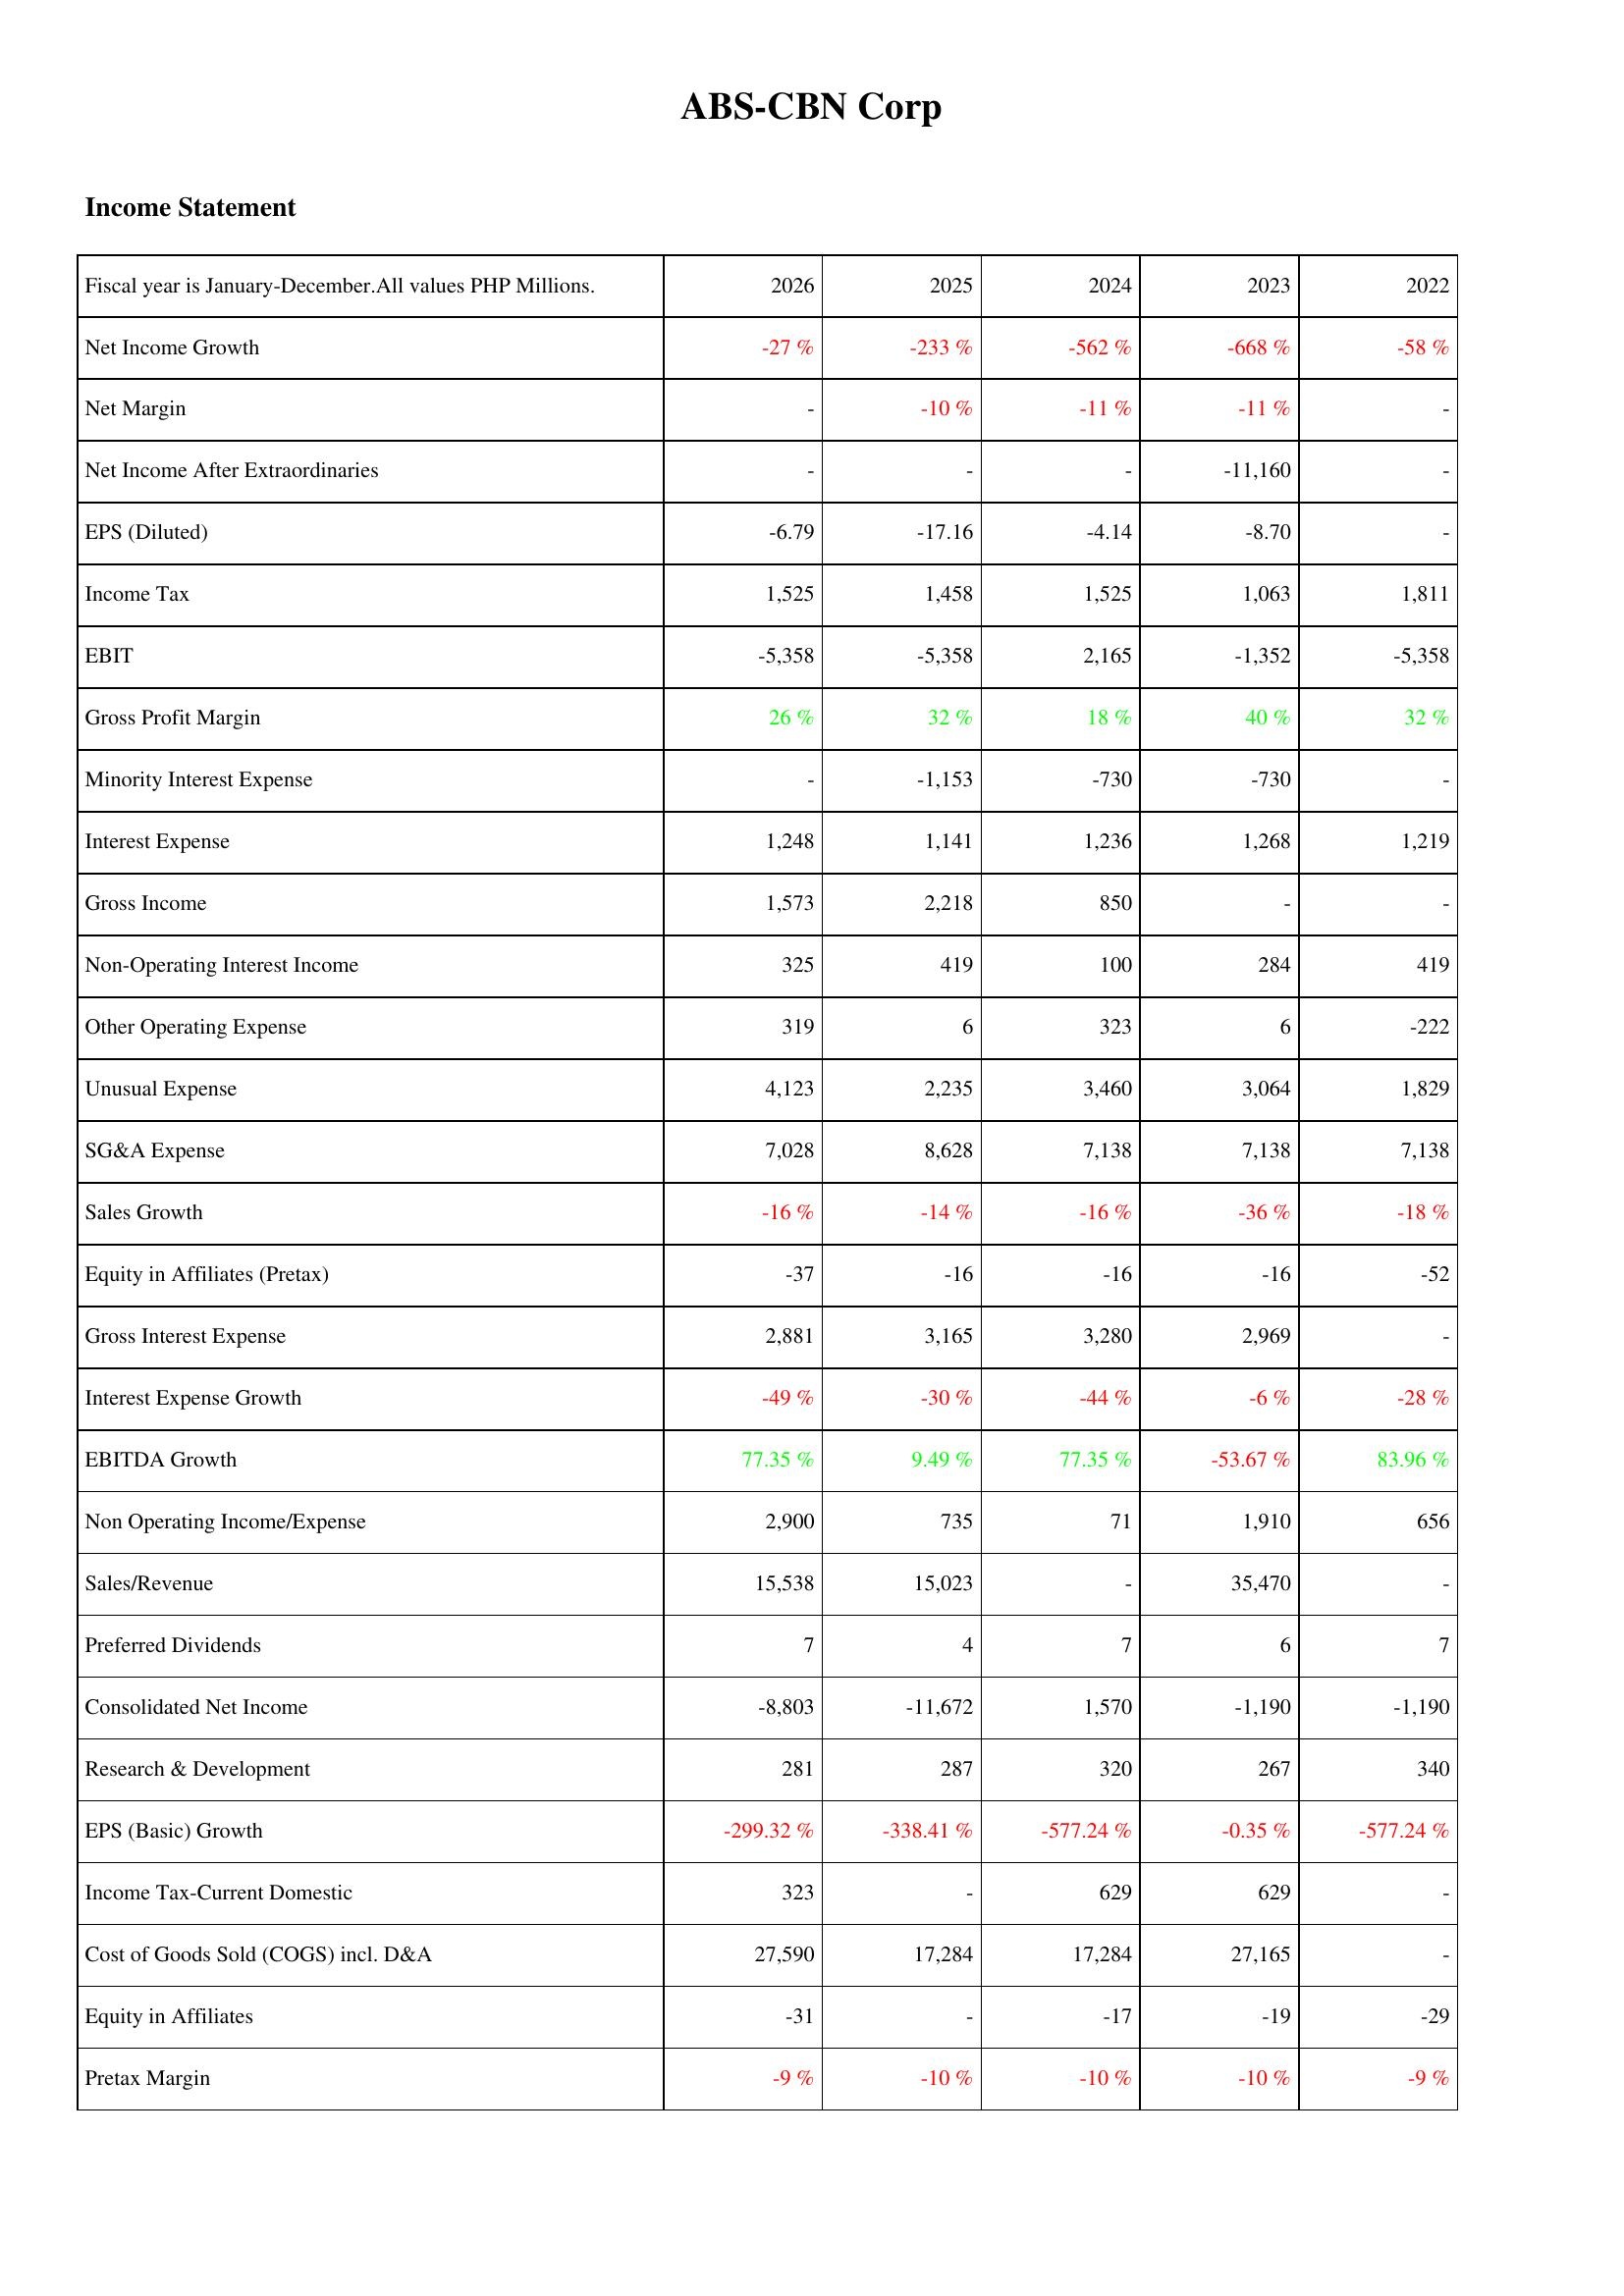
2026: Income Statement: Net Income Growth: -27 %
Net Margin: -
Net Income After Extraordinaries: -
EPS (Diluted): -6.79
Income Tax: 1,525
EBIT: -5,358
Gross Profit Margin: 26 %
Minority Interest Expense: -
Interest Expense: 1,248
Gross Income: 1,573
Non-Operating Interest Income: 325
Other Operating Expense: 319
Unusual Expense: 4,123
SG&A Expense: 7,028
Sales Growth: -16 %
Equity in Affiliates (Pretax): -37
Gross Interest Expense: 2,881
Interest Expense Growth: -49 %
EBITDA Growth: 77.35 %
Non Operating Income/Expense: 2,900
Sales/Revenue: 15,538
Preferred Dividends: 7
Consolidated Net Income: -8,803
Research & Development: 281
EPS (Basic) Growth: -299.32 %
Income Tax-Current Domestic: 323
Cost of Goods Sold (COGS) incl. D&A: 27,590
Equity in Affiliates: -31
Pretax Margin: -9 %
2025: Income Statement: Net Income Growth: -233 %
Net Margin: -10 %
Net Income After Extraordinaries: -
EPS (Diluted): -17.16
Income Tax: 1,458
EBIT: -5,358
Gross Profit Margin: 32 %
Minority Interest Expense: -1,153
Interest Expense: 1,141
Gross Income: 2,218
Non-Operating Interest Income: 419
Other Operating Expense: 6
Unusual Expense: 2,235
SG&A Expense: 8,628
Sales Growth: -14 %
Equity in Affiliates (Pretax): -16
Gross Interest Expense: 3,165
Interest Expense Growth: -30 %
EBITDA Growth: 9.49 %
Non Operating Income/Expense: 735
Sales/Revenue: 15,023
Preferred Dividends: 4
Consolidated Net Income: -11,672
Research & Development: 287
EPS (Basic) Growth: -338.41 %
Income Tax-Current Domestic: -
Cost of Goods Sold (COGS) incl. D&A: 17,284
Equity in Affiliates: -
Pretax Margin: -10 %
2024: Income Statement: Net Income Growth: -562 %
Net Margin: -11 %
Net Income After Extraordinaries: -
EPS (Diluted): -4.14
Income Tax: 1,525
EBIT: 2,165
Gross Profit Margin: 18 %
Minority Interest Expense: -730
Interest Expense: 1,236
Gross Income: 850
Non-Operating Interest Income: 100
Other Operating Expense: 323
Unusual Expense: 3,460
SG&A Expense: 7,138
Sales Growth: -16 %
Equity in Affiliates (Pretax): -16
Gross Interest Expense: 3,280
Interest Expense Growth: -44 %
EBITDA Growth: 77.35 %
Non Operating Income/Expense: 71
Sales/Revenue: -
Preferred Dividends: 7
Consolidated Net Income: 1,570
Research & Development: 320
EPS (Basic) Growth: -577.24 %
Income Tax-Current Domestic: 629
Cost of Goods Sold (COGS) incl. D&A: 17,284
Equity in Affiliates: -17
Pretax Margin: -10 %
2023: Income Statement: Net Income Growth: -668 %
Net Margin: -11 %
Net Income After Extraordinaries: -11,160
EPS (Diluted): -8.70
Income Tax: 1,063
EBIT: -1,352
Gross Profit Margin: 40 %
Minority Interest Expense: -730
Interest Expense: 1,268
Gross Income: -
Non-Operating Interest Income: 284
Other Operating Expense: 6
Unusual Expense: 3,064
SG&A Expense: 7,138
Sales Growth: -36 %
Equity in Affiliates (Pretax): -16
Gross Interest Expense: 2,969
Interest Expense Growth: -6 %
EBITDA Growth: -53.67 %
Non Operating Income/Expense: 1,910
Sales/Revenue: 35,470
Preferred Dividends: 6
Consolidated Net Income: -1,190
Research & Development: 267
EPS (Basic) Growth: -0.35 %
Income Tax-Current Domestic: 629
Cost of Goods Sold (COGS) incl. D&A: 27,165
Equity in Affiliates: -19
Pretax Margin: -10 %
2022: Income Statement: Net Income Growth: -58 %
Net Margin: -
Net Income After Extraordinaries: -
EPS (Diluted): -
Income Tax: 1,811
EBIT: -5,358
Gross Profit Margin: 32 %
Minority Interest Expense: -
Interest Expense: 1,219
Gross Income: -
Non-Operating Interest Income: 419
Other Operating Expense: -222
Unusual Expense: 1,829
SG&A Expense: 7,138
Sales Growth: -18 %
Equity in Affiliates (Pretax): -52
Gross Interest Expense: -
Interest Expense Growth: -28 %
EBITDA Growth: 83.96 %
Non Operating Income/Expense: 656
Sales/Revenue: -
Preferred Dividends: 7
Consolidated Net Income: -1,190
Research & Development: 340
EPS (Basic) Growth: -577.24 %
Income Tax-Current Domestic: -
Cost of Goods Sold (COGS) incl. D&A: -
Equity in Affiliates: -29
Pretax Margin: -9 %